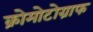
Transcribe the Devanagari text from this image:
क्रोमोटोग्राफ